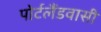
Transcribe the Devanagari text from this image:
पोर्टलैंडवासी